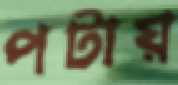
পটায়